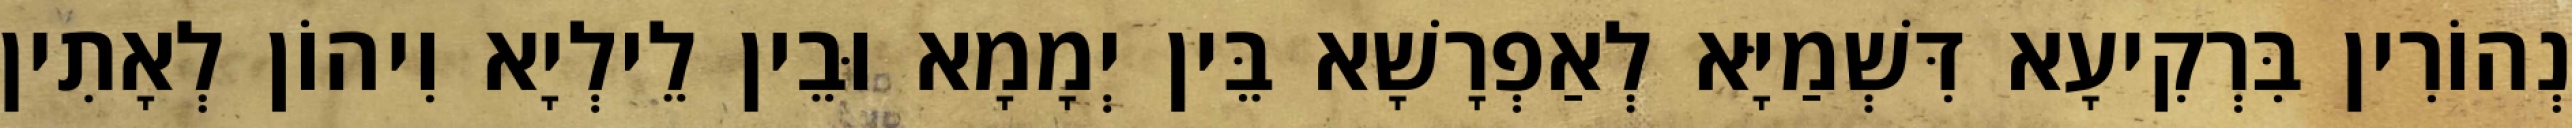
נְהוֹרִין בִּרְקִיעָא דִּשְׁמַיָּא לְאַפְרָשָׁא בֵּין יְמָמָא וּבֵין לֵילְיָא וִיהוֹן לְאָתִין